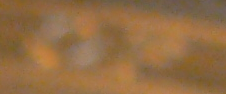
OP